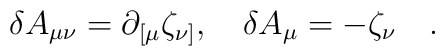
\delta A_{\mu\nu} = \partial_{[\mu} \zeta_{\nu]} ,\quad \delta A_{\mu} = - \zeta_{\nu}  \quad .